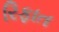
રિફાત